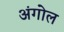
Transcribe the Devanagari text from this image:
अंगोल